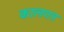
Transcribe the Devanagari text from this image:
कालगत